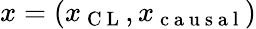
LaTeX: x=(x_{\mathrm{~C~L~}},x_{\mathrm{~c~a~u~s~a~l~}})